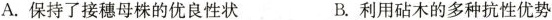
A.保持了接穗母株的优良性状B.利用砧木的多种抗性优势